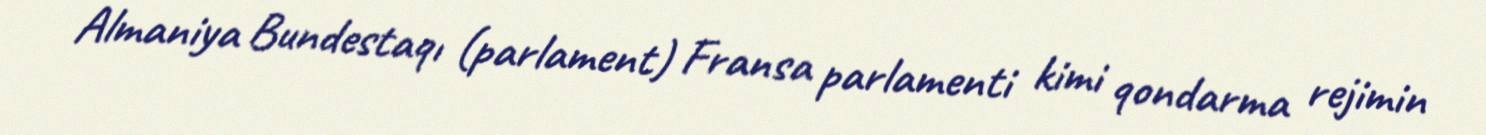
Almaniya Bundestaqı (parlament) Fransa parlamenti kimi qondarma rejimin